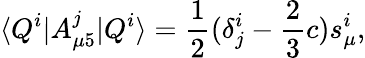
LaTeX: \langle Q^{i}|A_{\mu 5}^{j}|Q^{i}\rangle=\frac{1}{2}(\delta_{j}^{i}-\frac{2}{3}c)s_{\mu}^{i},